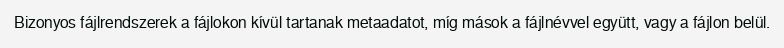
Bizonyos fájlrendszerek a fájlokon kívül tartanak metaadatot, míg mások a fájlnévvel együtt, vagy a fájlon belül.